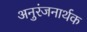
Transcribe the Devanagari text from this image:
अनुरंजनार्थक